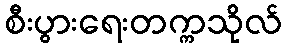
စီးပွားရေးတက္ကသိုလ်